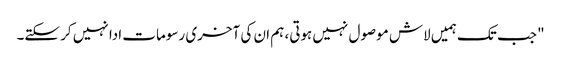
" جب تک ہمیں لاش موصول نہیں ہوتی، ہم ان کی آخری رسومات ادا نہیں کر سکتے۔